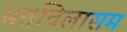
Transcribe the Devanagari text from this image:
मतविलासम